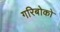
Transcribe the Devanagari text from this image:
गरिबोको